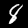
Label: 8